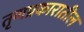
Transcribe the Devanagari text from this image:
तृणप्रकारातील